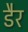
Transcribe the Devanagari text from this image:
डैर